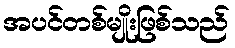
အပင်တစ်မျိုးဖြစ်သည်